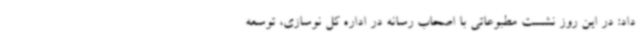
داد: در این روز نشست مطبوعاتی با اصحاب رسانه در اداره کل نوسازی، توسعه